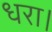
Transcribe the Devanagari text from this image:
धरा।